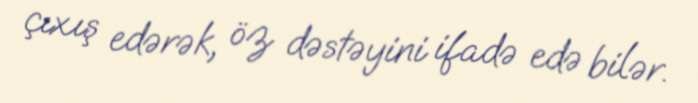
çıxış edərək, öz dəstəyini ifadə edə bilər.